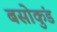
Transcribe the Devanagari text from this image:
बसोकुंड